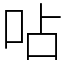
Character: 呫